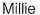
Millie